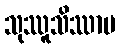
သုဿူသိဿာမ